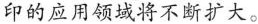
印的应用领域将不断扩大。